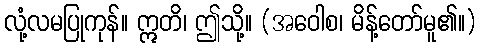
လုံ့လမပြုကုန်။ ဣတိ၊ ဤသို့။ (အဝေါစ၊ မိန့်တော်မူ၏။)